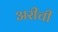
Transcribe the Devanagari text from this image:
अरीची